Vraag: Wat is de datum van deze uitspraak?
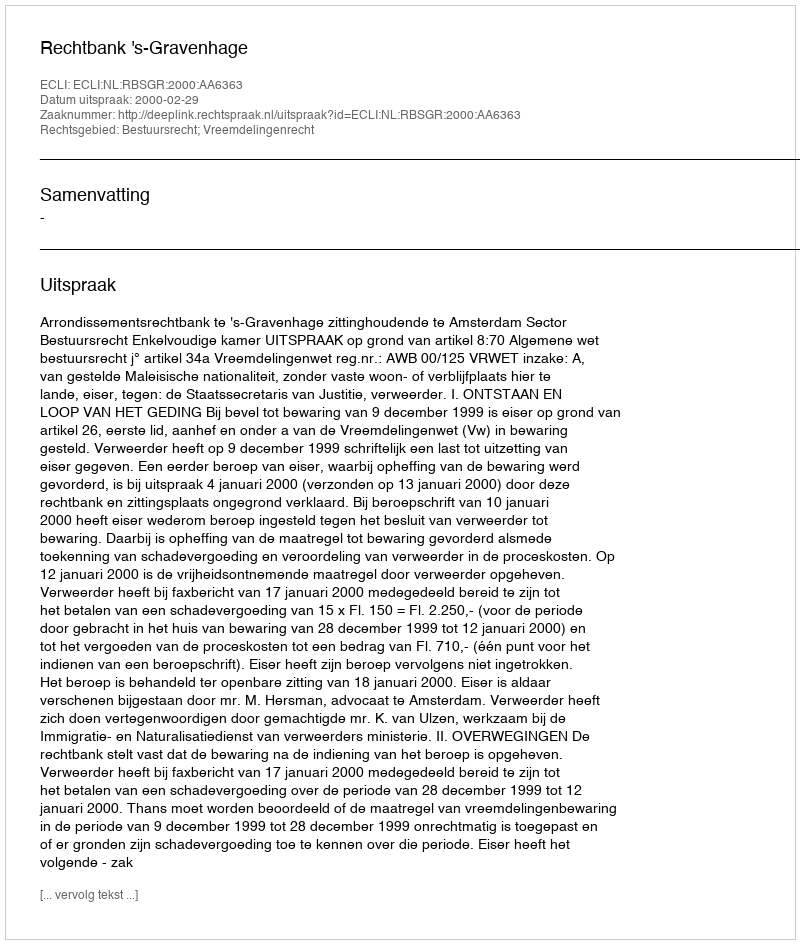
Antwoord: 2000-02-29